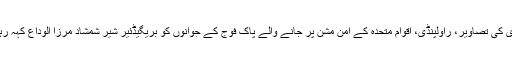
راولپنڈی کی تصاویر، راولپنڈی، اقوام متحدہ کے امن مشن پر جانے والے پاک فوج کے جوانوں کو بریگیڈئیر شیر شمشاد مرزا الوداع کہہ رہے ہیں۔